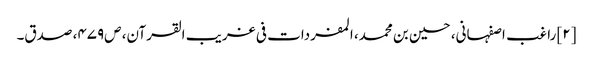
[۲] راغب اصفہانی، حسین بن محمد، المفردات فی غریب القرآن، ص‌۴۷۹، صدق۔